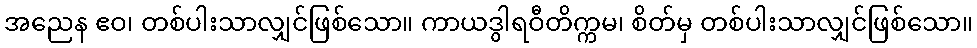
အညေန ဧဝ၊ တစ်ပါးသာလျှင်ဖြစ်သော။ ကာယဒွါရဝီတိက္ကမ၊ စိတ်မှ တစ်ပါးသာလျှင်ဖြစ်သော။